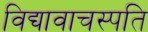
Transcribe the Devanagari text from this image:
विद्यावाचस्‍पति